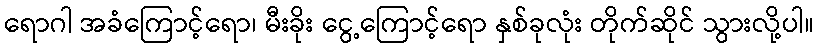
ရောဂါ အခံကြောင့်ရော၊ မီးခိုး ငွေ့ကြောင့်ရော နှစ်ခုလုံး တိုက်ဆိုင် သွားလို့ပါ။